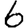
Digit: 6